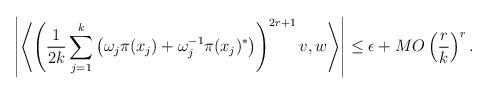
LaTeX: \begin{align*}\left|\left\langle \left(\frac{1}{2k}\sum_{j=1}^k{\left(\omega_j\pi(x_j) + \omega_j^{-1}\pi(x_j)^*\right)}\right)^{2r+1}v,w\right\rangle\right| & \leq \epsilon + MO\left(\frac{r}{k}\right)^r.\end{align*}